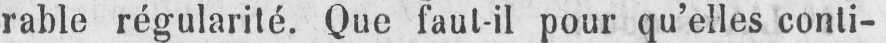
rable régularité. Que faut-il pour qu’elles conti-